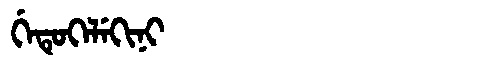
Manchu: ᡤᡝᡨᡠᡴᡝᠯᡝᡴᡳᠨᡳ
Romanization: GETUKELEKINI